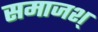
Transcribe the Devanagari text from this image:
समाजश्